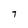
Character: 7